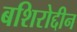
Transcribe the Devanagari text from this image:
बशिरोद्दीन